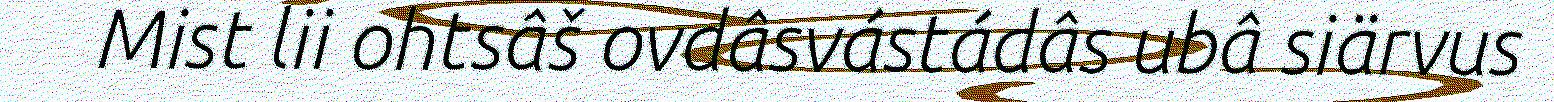
Mist lii ohtsâš ovdâsvástádâs ubâ siärvus